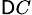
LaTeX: _{\mathsf{D}C}